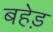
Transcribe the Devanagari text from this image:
बहेड़